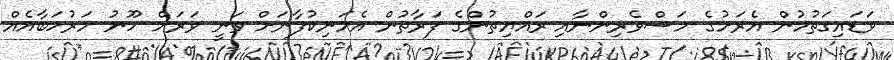
ވަޑައިގަތުމުން އެރަށުގެ މަސްވެރިންނާއި ރައްޔިތުންގެ ފަރާތުން އެމަނިކުފާނަށް ވަނީ ވަރަށް ހޫނު މަރުހަބާއެއް